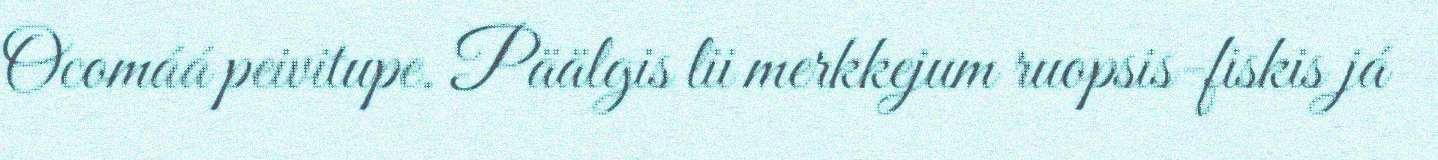
Ocomáá peivitupe. Päälgis lii merkkejum ruopsis-fiskis já